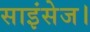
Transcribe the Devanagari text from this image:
साइंसेज।